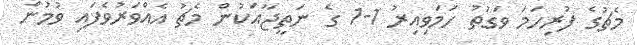
މެޗުގެ ފުރިހަމަ ވަގުތު ހަމަވިއިރު 1-1 ގެ ނަތީޖާއަކުން މެޗު އެއްވަރުވެފައި ވުމުން